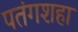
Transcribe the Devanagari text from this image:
पतंगशहा